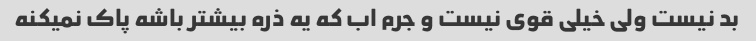
بد نیست ولی خیلی قوی نیست و جرم اب که یه ذره بیشتر باشه پاک نمیکنه